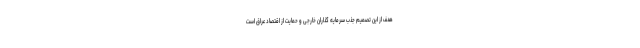
هدف از این تصمیم جذب سرمایه گذاران خارجی و حمایت از اقتصاد عراق است